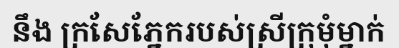
នឹង ក្រសែភ្នែករបស់ស្រីក្រុមុំម្នាក់